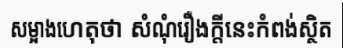
សម្អាងហេតុថា សំណុំរឿងក្តីនេះកំពង់ស្ថិត